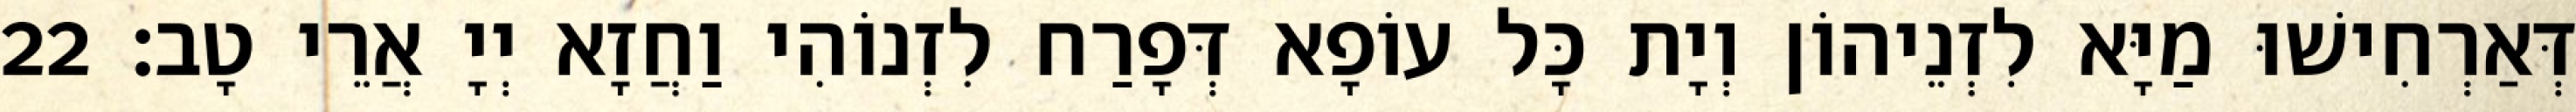
דְּאַרְחִישׁוּ מַיָּא לִזְנֵיהוֹן וְיָת כָּל עוֹפָא דְּפָרַח לִזְנוֹהִי וַחֲזָא יְיָ אֲרֵי טָב׃ 22